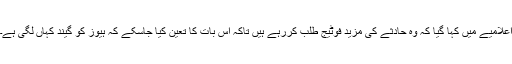
اعلامیے میں کہا گیا کہ وہ حادثے کی مزید فوٹیج طلب کررہے ہیں تاکہ اس بات کا تعین کیا جاسکے کہ ہیوز کو گیند کہاں لگی ہے۔